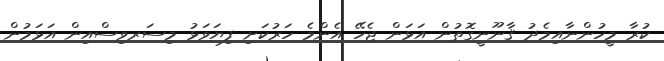
ކުރާ މީހުންނާއިމެދު ޤާނޫނީގޮތުން އަޅަން ޖެހޭ އެންމެ ހަރުކަށި ފިޔަވަޅު މިސަރވިސްއިން އަޅަމުން